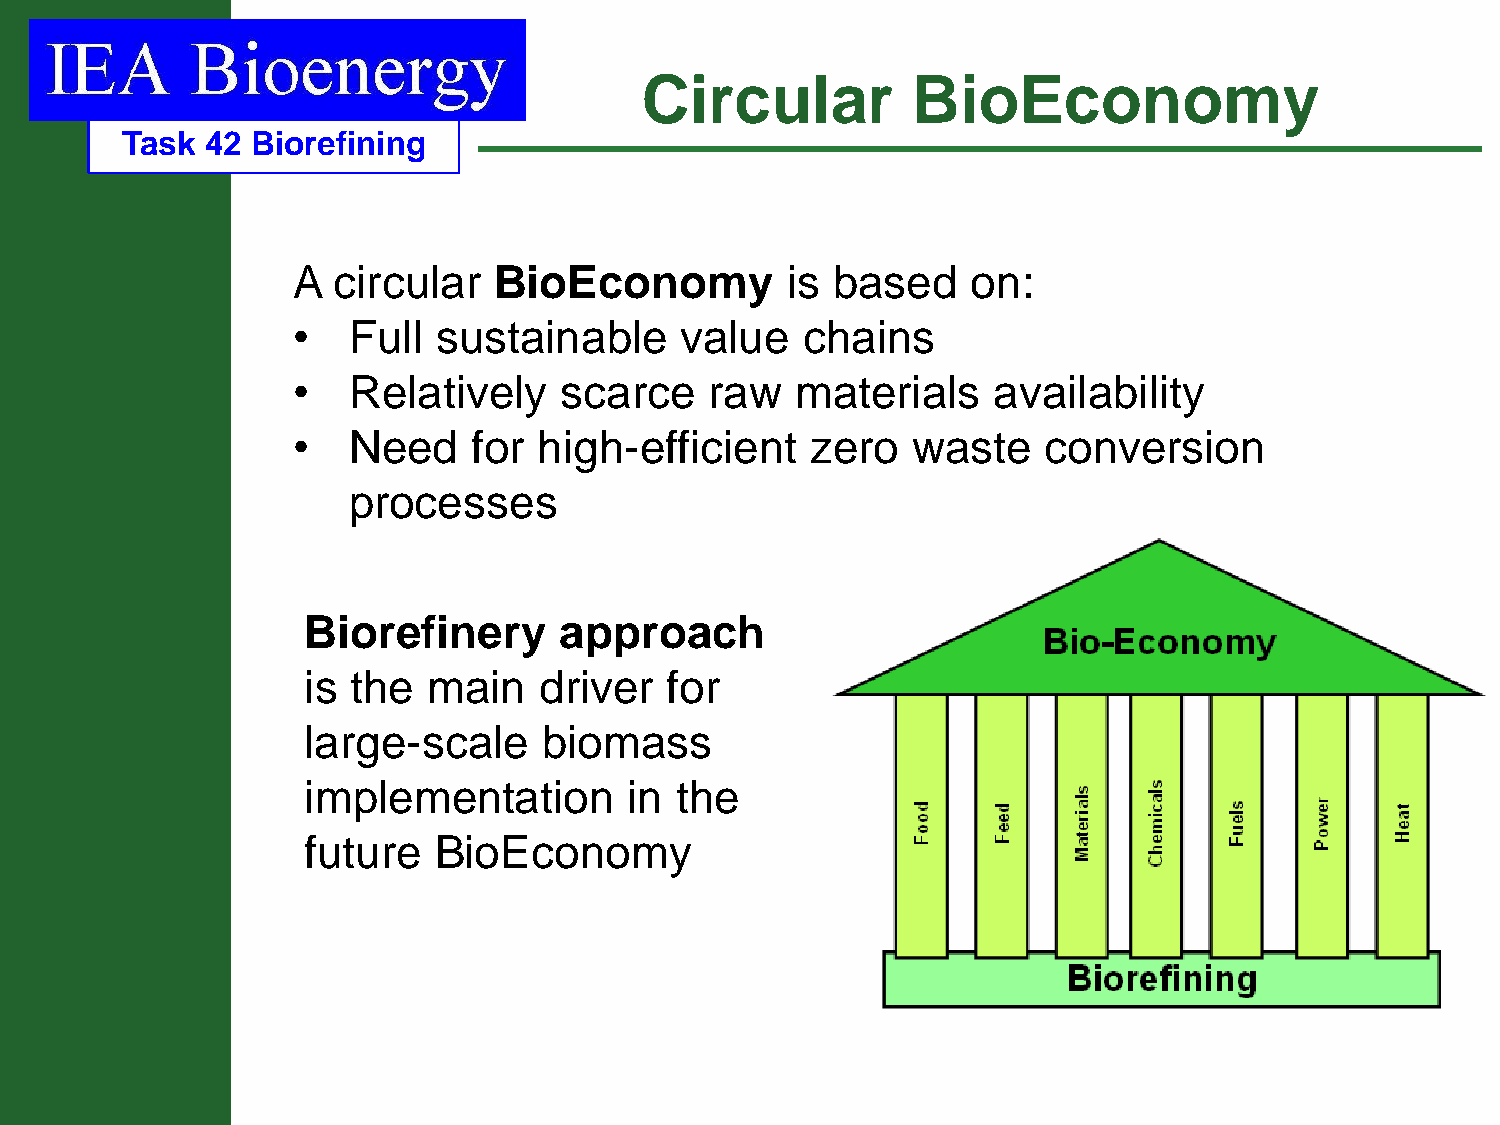
Circular          BioEconomy
 Task  42 Biorefining
 A  circular   BioEconomy         is based    on:
 •   Full  sustainable     value   chains
 •   Relatively    scarce    raw   materials    availability
 •   Need    for  high-efficient    zero  waste    conversion
 processes
 Biorefinery      approach
 is the  main    driver  for
 large-scale     biomass
 implementation        in the
 future   BioEconomy